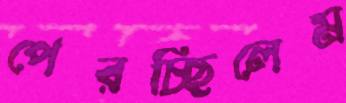
পেরচ্ছিলেম